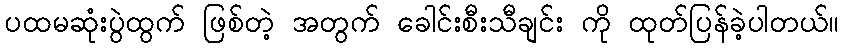
ပထမဆုံးပွဲထွက် ဖြစ်တဲ့ အတွက် ခေါင်းစီးသီချင်း ကို ထုတ်ပြန်ခဲ့ပါတယ်။